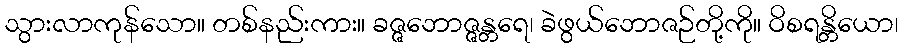
သွားလာကုန်သော။ တစ်နည်းကား။ ခဇ္ဇဘောဇ္ဇန္တရေ၊ ခဲဖွယ်ဘောဇဉ်တို့ကို။ ဝိစရန္တိယော၊